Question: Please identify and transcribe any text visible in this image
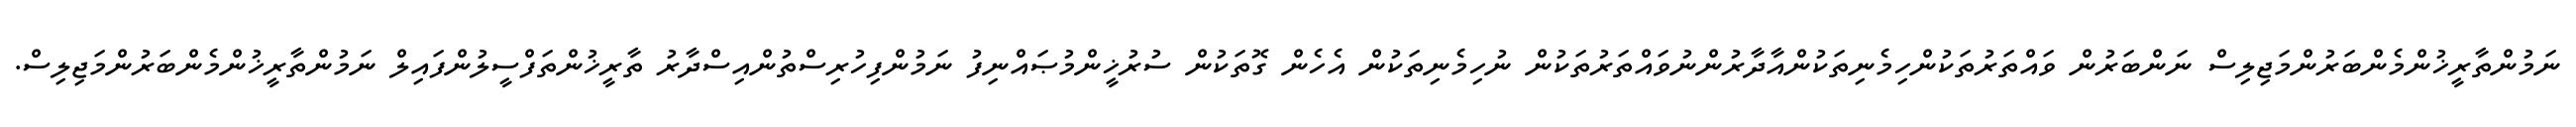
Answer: ނަމުންތާރީޚުންމެންބަރުންމަޖިލިސް ނަންބަރުން ވައްތަރުތަކުންހިމެނިތަކުންއާދާރުންނުވައްތަރުތަކުން ނުހިމެނިތަކުން އެހެން ގޮތަކުން ސުރުޚީންމުޞައްނިފު ނަމުންފިހުރިސްތުންއިސްދާރު ތާރީޚުންތަފްސީލުންފައިލް ނަމުންތާރީޚުންމެންބަރުންމަޖިލިސް.